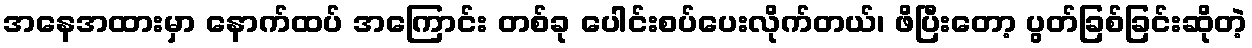
အနေအထားမှာ နောက်ထပ် အကြောင်း တစ်ခု ပေါင်းစပ်ပေးလိုက်တယ်၊ ဖိပြီးတော့ ပွတ်ခြစ်ခြင်းဆိုတဲ့